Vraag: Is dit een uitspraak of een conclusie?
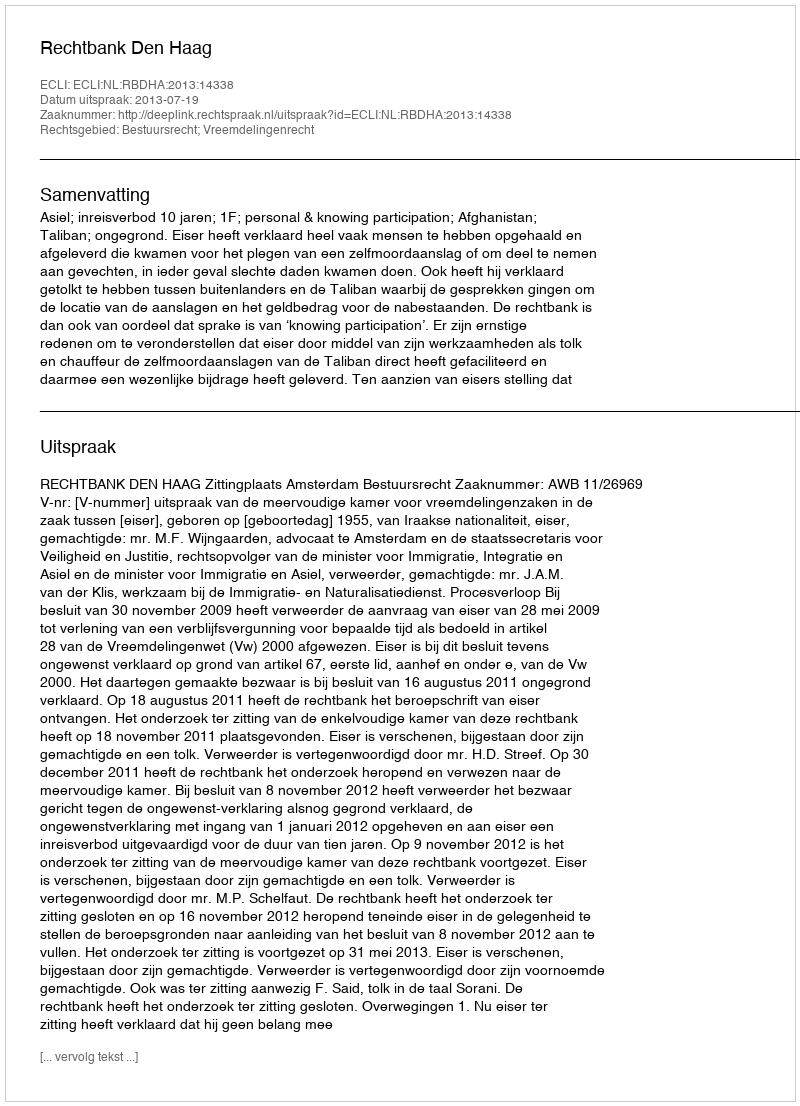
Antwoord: Uitspraak